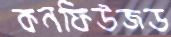
কনফিউজড